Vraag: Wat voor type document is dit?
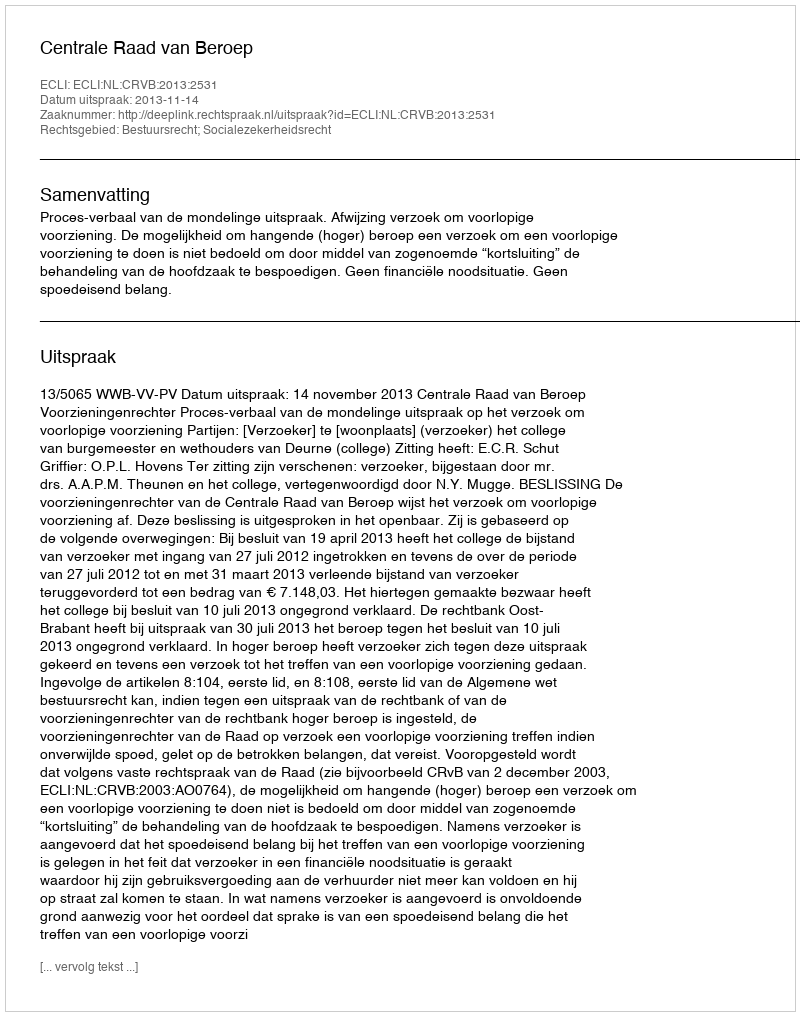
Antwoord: Uitspraak